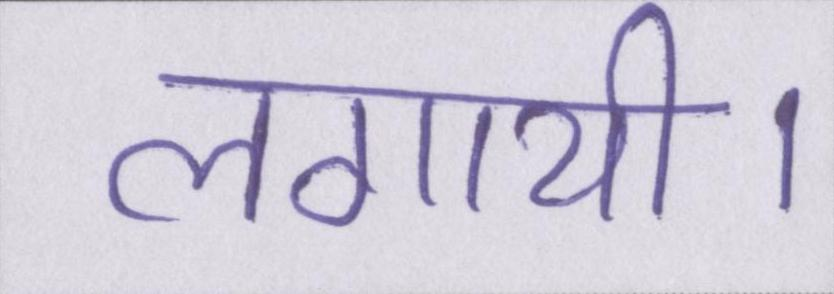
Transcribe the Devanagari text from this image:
लगायी।